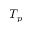
T _ { p }